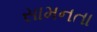
સામનતા